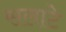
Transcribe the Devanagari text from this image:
सलाटे